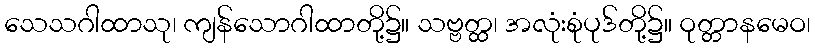
သေသဂါထာသု၊ ကျန်သောဂါထာတို့၌။ သဗ္ဗတ္ထ၊ အလုံးစုံပုဒ်တို့၌။ ဝုတ္တာနမေဝ၊